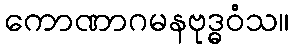
ကောဏာဂမနဗုဒ္ဓဝံသ။